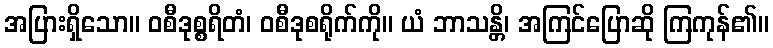
အပြားရှိသော။ ဝစီဒုစ္စရိတံ၊ ဝစီဒုစရိုက်ကို။ ယံ ဘာသန္တိ၊ အကြင်ပြောဆို ကြကုန်၏။